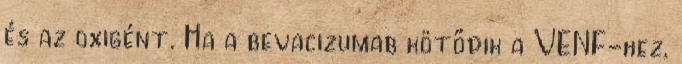
és az oxigént. Ha a bevacizumab kötődik a VENF-hez,